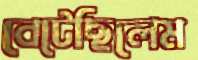
বেটেছিলেম